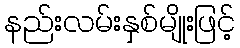
နည်းလမ်းနှစ်မျိုးဖြင့်